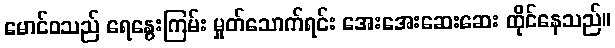
မောင်ဝသည် ရေနွေးကြမ်း မှုတ်သောက်ရင်း အေးအေးဆေးဆေး ထိုင်နေသည်။